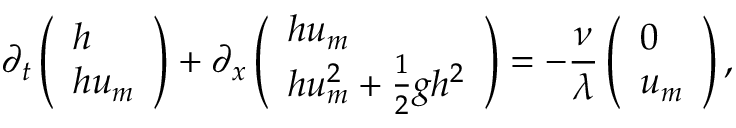
\partial _ { t } \left( \begin{array} { l } { h } \\ { h u _ { m } } \end{array} \right) + \partial _ { x } \left( \begin{array} { l } { h u _ { m } } \\ { h u _ { m } ^ { 2 } + \frac { 1 } { 2 } g h ^ { 2 } } \end{array} \right) = - \frac { \nu } { \lambda } \left( \begin{array} { l } { 0 } \\ { u _ { m } } \end{array} \right) ,